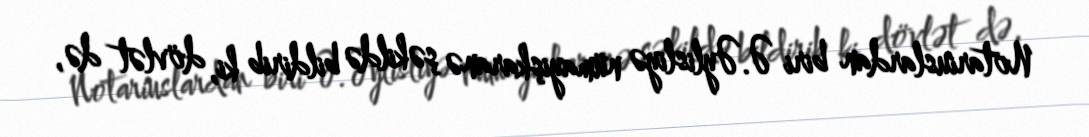
Notariuslardan biri Ə.Əylisliyə nümayişkaranə şəkildə bildirib ki, dövlət də,